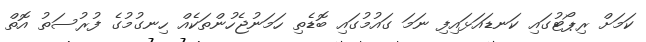
ކަމަށް ރިޕޯޓުގައި ކަނޑައަޅައިފި ނަމަ ގައުމުގައި ބޮޑެތި ހަމަނުޖެހުންތަކެއް ހިނގުމުގެ ފުރުސަތު އޮތް